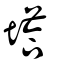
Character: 塔